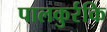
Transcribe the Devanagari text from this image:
पालकुर्रकि